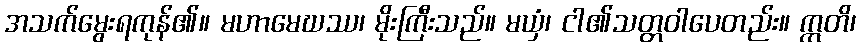
အသက်မွေးရကုန်၏။ မဟာမေဃဿ၊ မိုးကြီးသည်။ မယှံ၊ ငါ၏သတ္တဝါပေတည်း။ ဣတိ၊